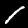
Label: 1